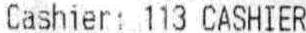
CASHIER: 113 CASHIER